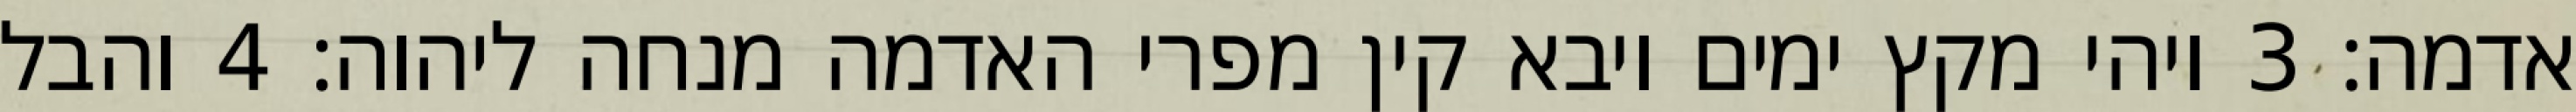
אדמה׃ ‎3‏ ויהי מקץ ימים ויבא קין מפרי האדמה מנחה ליהוה׃ ‎4‏ והבל